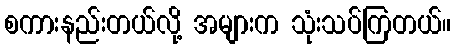
စကားနည်းတယ်လို့ အများက သုံးသပ်ကြတယ်။